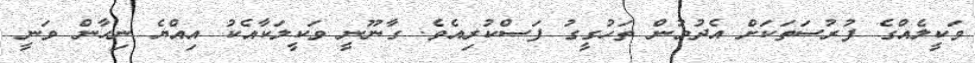
ވަކީލެއްގެ ފުރުސަތަކަށް އެދުމުން ތަހުގީގު ފަސްކުރިއެވެ. ގާނޫނީ ވަކީލަކާއެކު އިއްޔެ ނިހާން ވަނީ